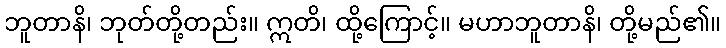
ဘူတာနိ၊ ဘုတ်တို့တည်း။ ဣတိ၊ ထို့ကြောင့်။ မဟာဘူတာနိ၊ တို့မည်၏။